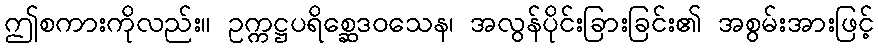
ဤစကားကိုလည်း။ ဥက္ကဋ္ဌပရိစ္ဆေဒဝသေန၊ အလွန်ပိုင်းခြားခြင်း၏ အစွမ်းအားဖြင့်